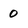
Character: 0